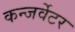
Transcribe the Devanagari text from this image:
कन्जर्वेटर